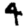
Digit: 4